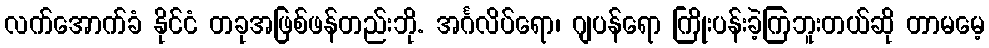
လက်အောက်ခံ နိုင်ငံ တခုအဖြစ်ဖန်တည်းဘို. အင်္ဂလိပ်ရော၊ ဂျပန်ရော ကြိုးပန်းခဲ့ကြဘူးတယ်ဆို တာမမေ့